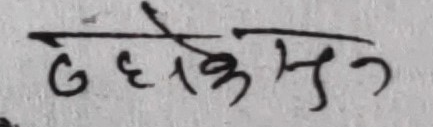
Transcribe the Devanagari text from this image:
ढेधेकेसु